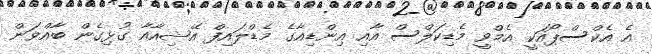
އެ އެކްސްޕޯއަކީ އެމްވީ މެޑިކަލްސް އާއި އިންޑިއާގެ މެޑްލައިފް އޭޝިއާއާ ގުޅިގެން ބާއްވަން